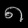
Digit: ၈